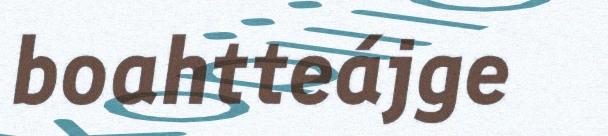
boahtteájge